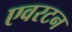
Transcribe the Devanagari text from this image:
एवरटन